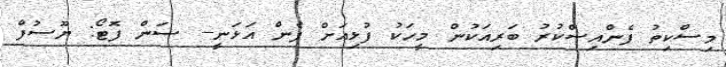
މިސްކިތު ފެންއިސްކުރު ބަރިއަކުން މީހަކު ފުޅިއަަށް ފެން އަޅަނީ-- ސަން ފޮޓޯ: ޔޫސުފް